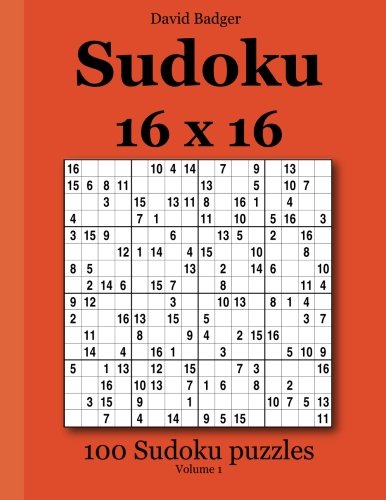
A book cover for Sudoku 16 x 16: 100 Sudoku puzzles Volume 1; David Badger; Humor & Entertainment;